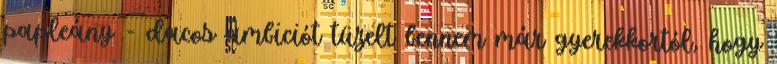
papleány - dacos ambiciót tüzelt bennem már gyerekkortól, hogy